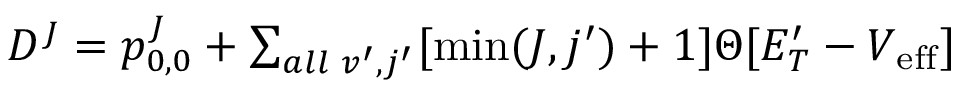
\begin{array} { r } { D ^ { J } = p _ { 0 , 0 } ^ { J } + \sum _ { \mathrm { } a l l \, \, v ^ { \prime } , j ^ { \prime } } [ \operatorname* { m i n } ( J , j ^ { \prime } ) + 1 ] \Theta [ E _ { T } ^ { \prime } - V _ { \mathrm { e f f } } ] } \end{array}